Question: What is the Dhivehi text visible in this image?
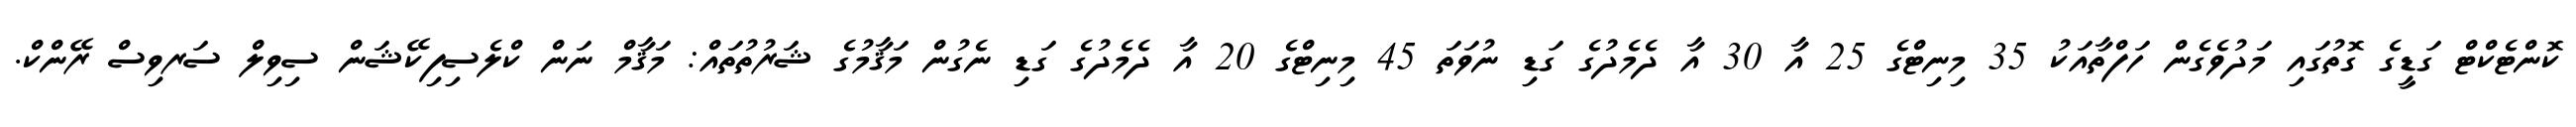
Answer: ކޮންޓެކްޓް ގަޑީގެ ގޮތުގައި މަދުވެގެން ހަފްތާއަކު 35 މިނިޓްގެ 25 އާ 30 އާ ދެމެދުގެ ގަޑި ނުވަތަ 45 މިނިޓްގެ 20 އާ ދެމެދުގެ ގަޑި ނެގުން މަޤާމުގެ ޝަރުތުތައް: މަޤާމް ނަން ކްލެސިފިކޭޝަން ސިވިލް ސަރވިސް ރޭންކް.